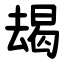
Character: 朅